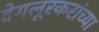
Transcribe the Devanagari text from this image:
देगलूरकरांच्या